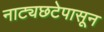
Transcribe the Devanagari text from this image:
नाट्यछटेपासून